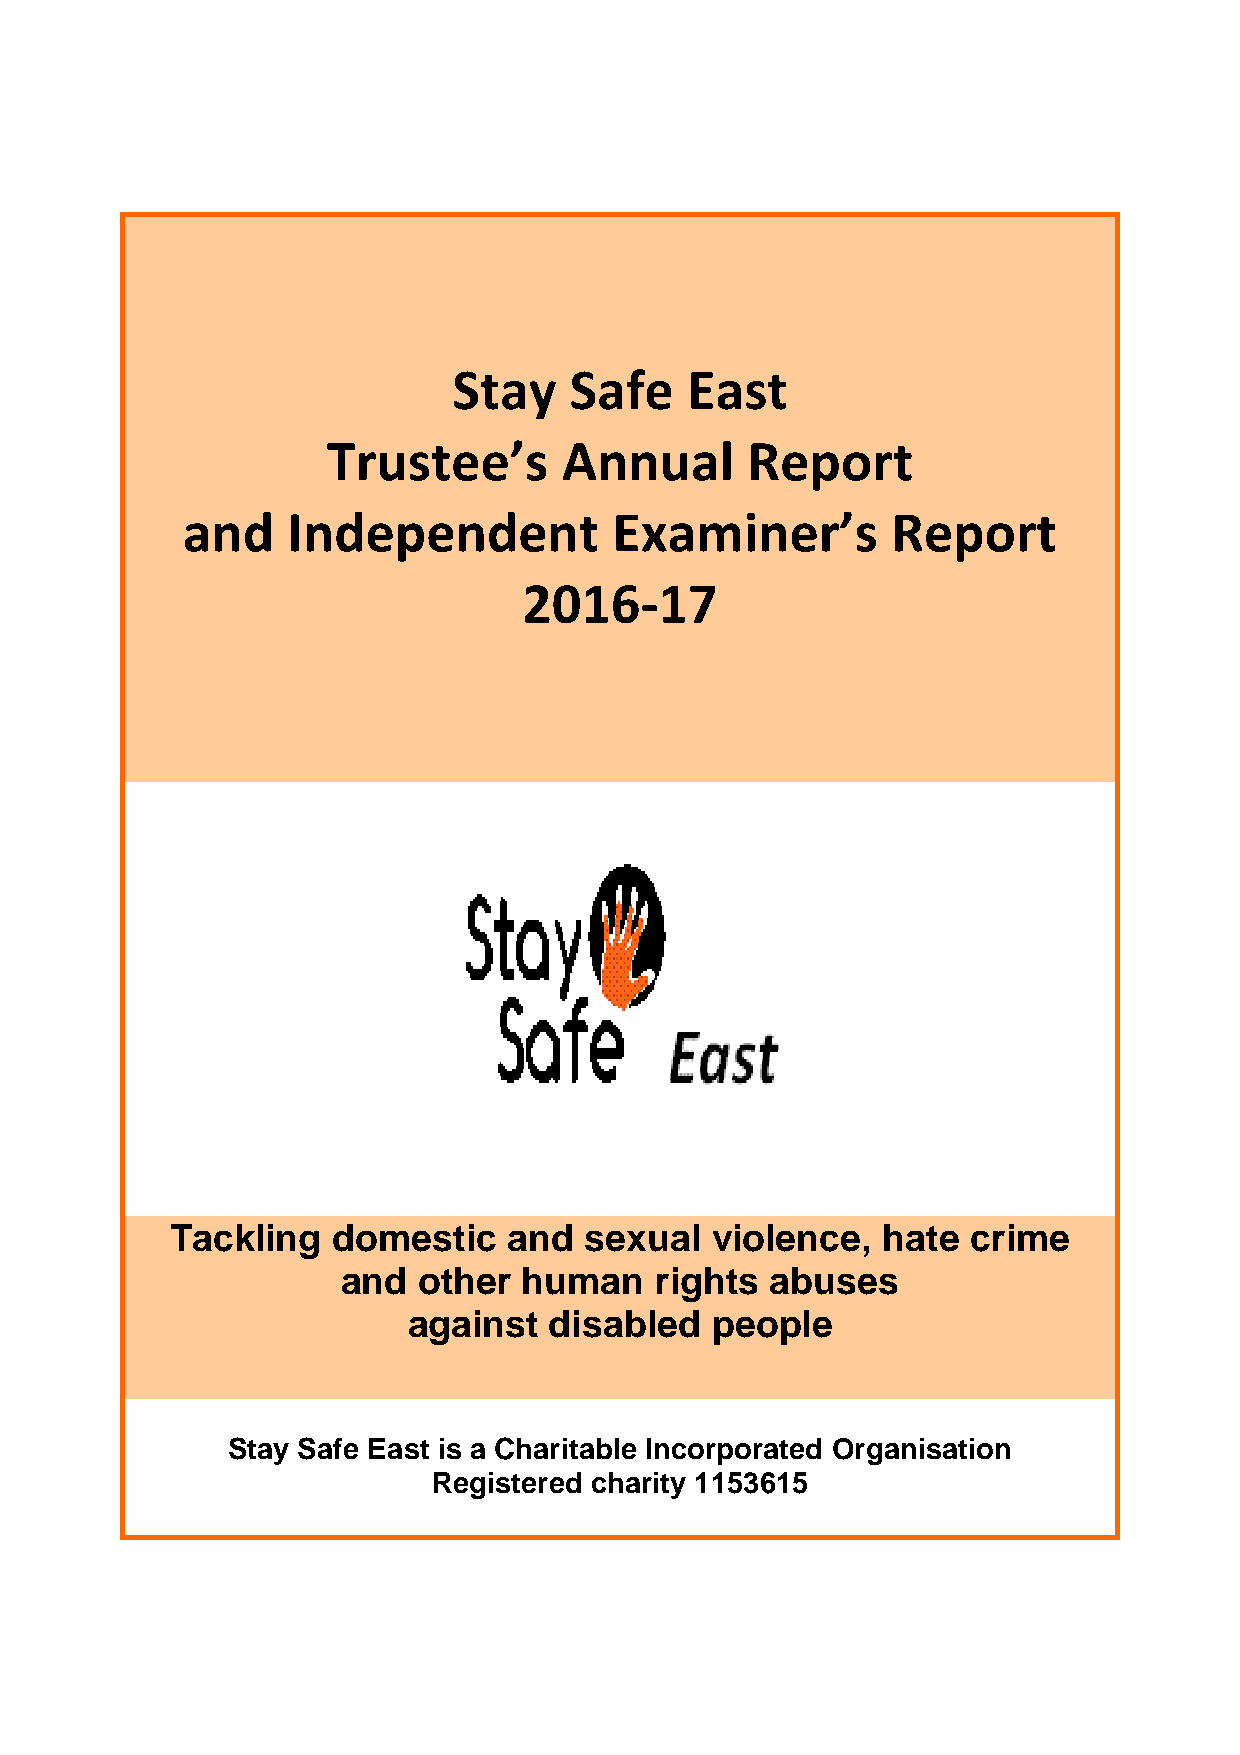
Stay    Safe   East
 Trustee’s      Annual      Report
 and    Independent           Examiner’s        Report
 2016-17
 Tackling   domestic    and  sexual  violence,  hate  crime
 and  other  human   rights  abuses
 against  disabled   people
 Stay Safe East is a Charitable Incorporated Organisation
 Registered charity 1153615